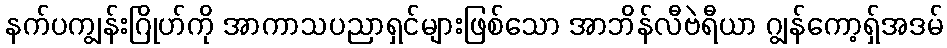
နက်ပကျွန်းဂြိုဟ်ကို အာကာသပညာရှင်များဖြစ်သော အာဘိန်လီဗဲရီယာ ဂျွန်ကော့ရှ်အဒမ်